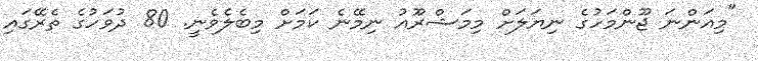
"މިއަންނަ ޖޫންމަހުގެ ނިޔަލަށް މިމަޝްރޫއު ނިމޭނެ ކަމަށް މިބެލެވެނީ. 80 ދުވަހުގެ ތެރޭގައި